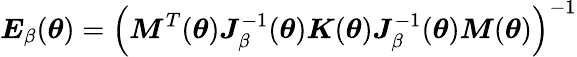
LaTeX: \boldsymbol{E}_{\beta}(\boldsymbol{\theta})=\left(\boldsymbol{M}^{T}(\boldsymbol{\theta})\boldsymbol{J}_{\beta}^{-1}(\boldsymbol{\theta})\boldsymbol{K}(\boldsymbol{\theta})\boldsymbol{J}_{\beta}^{-1}(\boldsymbol{\theta})\boldsymbol{M}(\boldsymbol{\theta})\right)^{-1}